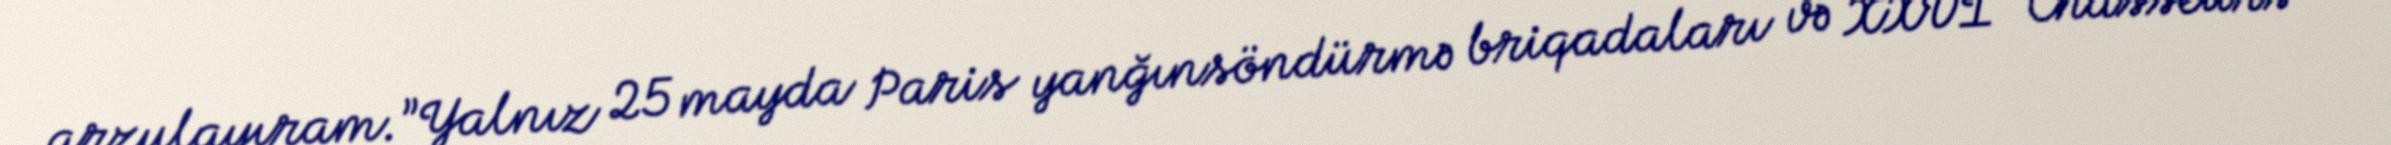
arzulayıram.”Yalnız 25 mayda Paris yanğınsöndürmə briqadaları və XXVI “Chasseurs